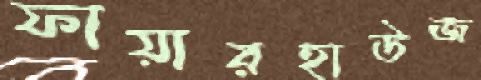
ফায়ারহাউজ